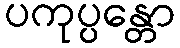
ပကုပ္ပန္တော